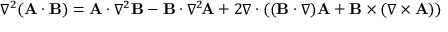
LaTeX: \nabla ^ { 2 } ( \mathbf { A } \cdot \mathbf { B } ) = \mathbf { A } \cdot \nabla ^ { 2 } \mathbf { B } - \mathbf { B } \cdot \nabla ^ { 2 } \! \mathbf { A } + 2 \nabla \cdot ( ( \mathbf { B } \cdot \nabla ) \mathbf { A } + \mathbf { B } \times ( \nabla \times \mathbf { A } ) )